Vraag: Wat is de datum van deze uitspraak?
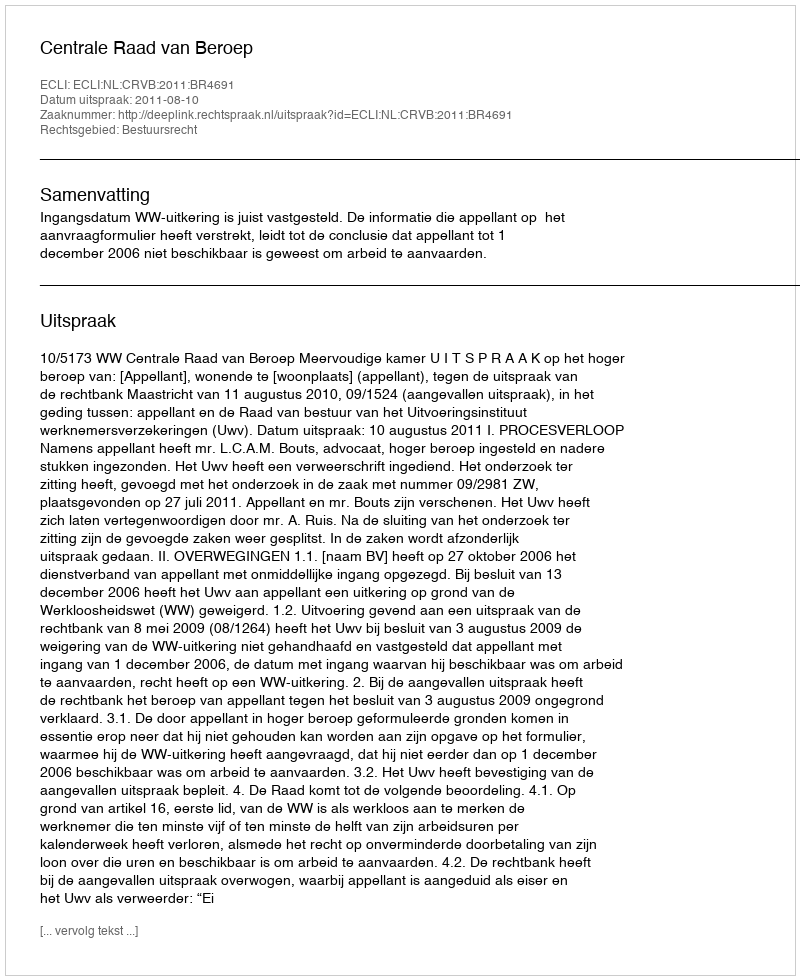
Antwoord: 2011-08-10